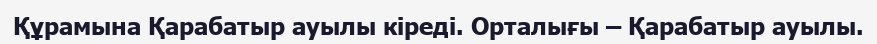
Құрамына Қарабатыр ауылы кіреді. Орталығы – Қарабатыр ауылы.